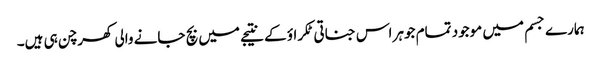
ہمارے جسم میں موجود تمام جوہر اس جناتی ٹکراؤ کے نتیجے میں بچ جانے والی کھرچن ہی ہیں۔